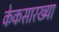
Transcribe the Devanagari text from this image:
केकसारख्या